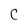
Character: C